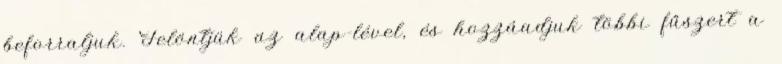
beforraljuk. Felöntjük az alap-lével, és hozzáadjuk többi fűszert a